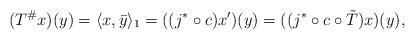
LaTeX: \begin{align*}(T^\# x)(y)=\langle x,\bar y\rangle_1=((j^*\circ c)x')(y)=((j^*\circ c\circ \tilde T)x)(y),\end{align*}